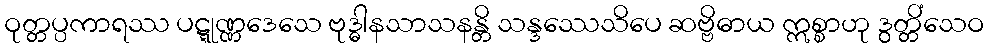
ဝုတ္တပ္ပကာရဿ ပဋ္ဋုဏ္ဏဒေသေ ဗုဒ္ဓါနသာသနန္တိ သန္ဒဿေသိပေ ဆဗ္ဗိဓာယ ဣစ္စာဟု ဒွတ္တိံသေဝ